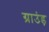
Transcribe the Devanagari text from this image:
ग्राउंड़